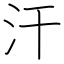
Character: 汗